Annual administration report of the Civil Veterinary Department of India - 1898-1899
Year: 1898
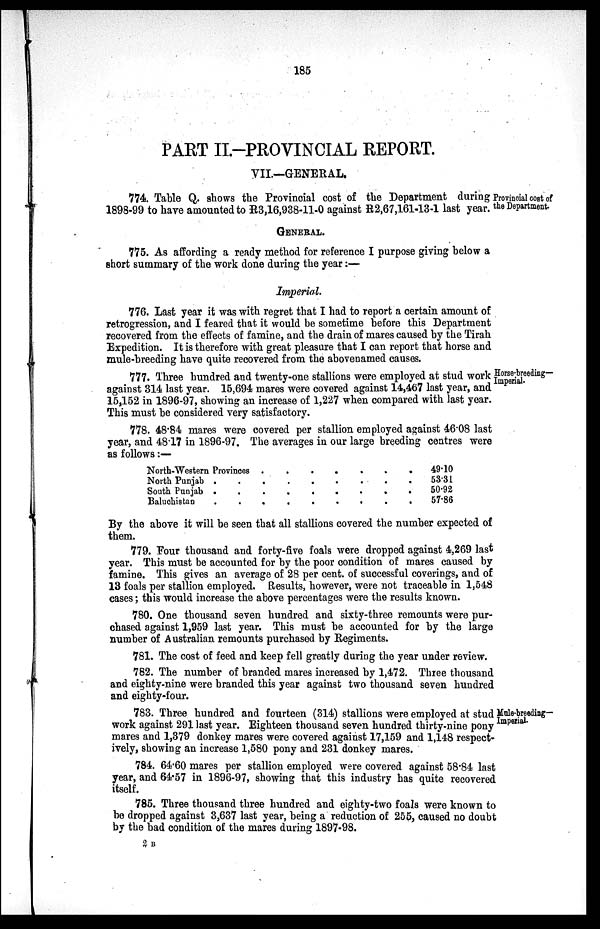
185
PART II.—PROVINCIAL REPORT.
VII.—GENERAL.
Provincial cost of
the Department.
774. Table Q. shows the Provincial cost of the Department during
1898-99 to have amounted to R3,16,938-11-0 against R2,67,161-13-1 last year.
GENERAL.
775. As affording a ready method for reference I purpose giving below a
short summary of the work done during the year:—
Imperial.
776. Last year it was with regret that I had to report a certain amount of
retrogression, and I feared that it would be sometime before this Department
recovered from the effects of famine, and the drain of mares caused by the Tirah
Expedition. It is therefore with great pleasure that I can report that horse and
mule-breeding have quite recovered from the abovenamed causes.
Horse-breeding—
Imperial.
777. Three hundred and twenty-one stallions were employed at stud work
against 314 last year. 15,694 mares were covered against 14,467 last year, and
15,152 in 1896-97, showing an increase of 1,227 when compared with last year.
This must be considered very satisfactory.
778. 48.84 mares were covered per stallion employed against 46.08 last
year, and 48.17 in 1896-97. The averages in our large breeding centres were
as follows:—
North-Western Provinces . . . . . . . .
North Punjab . . . . . . . . . . . .
South Punjab . . . . . . . . . . . .
Baluchistan . . . . . . . . . . . .
49.10
53.31
50.92
57.86
By the above it will be seen that all stallions covered the number expected of
them.
779. Four thousand and forty-five foals were dropped against 4,269 last
year. This must be accounted for by the poor condition of mares caused by
famine. This gives an average of 28 per cent. of successful coverings, and of
13 foals per stallion employed. Results, however, were not traceable in 1,548
cases; this would increase the above percentages were the results known.
780. One thousand seven hundred and sixty-three remounts were pur-
chased against 1,959 last year. This must be accounted for by the large
number of Australian remounts purchased by Regiments.
781. The cost of feed and keep fell greatly during the year under review.
782. The number of branded mares increased by 1,472. Three thousand
and eighty-nine were branded this year against two thousand seven hundred
and eighty-four.
Mule-breeding¬
Imperial.
783. Three hundred and fourteen (314) stallions were employed at stud
work against 291 last year. Eighteen thousand seven hundred thirty-nine pony
mares and 1,379 donkey mares were covered against 17,159 and 1,148 respect-
ively, showing an increase 1,580 pony and 231 donkey mares.
784. 64.60 mares per stallion employed were covered against 58.84 last
year, and 64.57 in 1896-97, showing that this industry has quite recovered
itself.
785. Three thousand three hundred and eighty-two foals were known to
be dropped against 3,637 last year, being a reduction of 255, caused no doubt
by the bad condition of the mares during 1897-98.
2 B